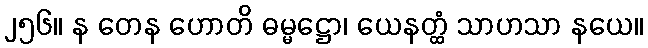
၂၅၆။ န တေန ဟောတိ ဓမ္မဋ္ဌော၊ ယေနတ္ထံ သာဟသာ နယေ။